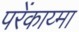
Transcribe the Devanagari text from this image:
परेंकाय्मा